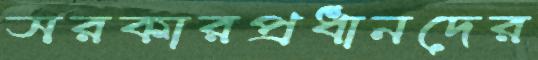
সরকারপ্রধানদের